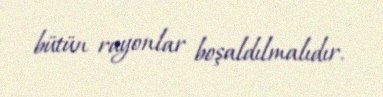
bütün rayonlar boşaldılmalıdır.